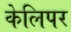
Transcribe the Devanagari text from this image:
केलिपर